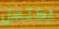
اكتمل